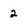
Character: 2